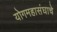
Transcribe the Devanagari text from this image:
योगमहासंघाचे